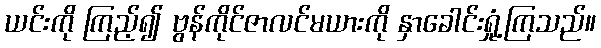
ယင်းကို ကြည့်၍ ဗွန်ကိုင်ဇာလင်မယားကို နှာခေါင်းရှုံ့ကြသည်။